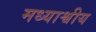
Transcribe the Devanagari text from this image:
मध्याश्वीय